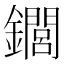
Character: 䥨